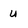
Character: u